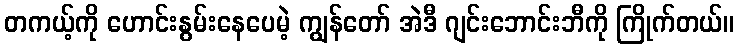
တကယ့်ကို ဟောင်းနွမ်းနေပေမဲ့ ကျွန်တော် အဲဒီ ဂျင်းဘောင်းဘီကို ကြိုက်တယ်။